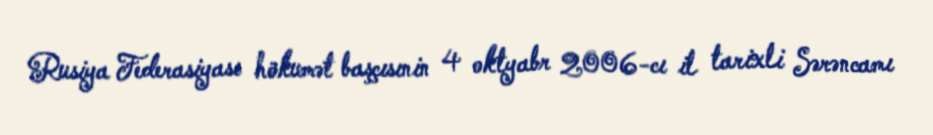
Rusiya Federasiyası hökumət başçısınin 4 oktyabr 2006-cı il tarixli Sərəncamı